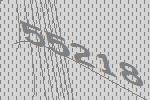
55218